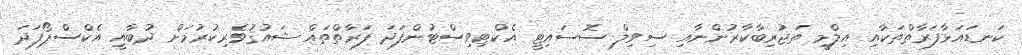
ކަނޑައަޅާފަރާތްތަކާއި އިލްމީ ތަޖުރިބާކާރުންނާއި ސިވިލް ސޮސައިޓީ އެކްޓިވިސްޓުންފަދަ ފަރާތްތައް ޝައުޤުވެރިކުރުމަށް ދުބާއީ އެކްސްޕޯފަދަ